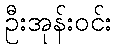
ဦးအုန်းဝင်း